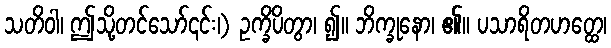
သတိဝါ၊ ဤသို့တင်သော်၎င်း၊) ဥက္ခိပိတွာ၊ ၍။ ဘိက္ခုနော၊ ၏။ ပသာရိတဟတ္ထေ၊